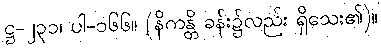
ဋ္ဌ-၂၃၁၊ ပါ-၁၆၆။ (နိကန္တိ ခန်း၌လည်း ရှိသေး၏)။